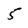
Character: 5